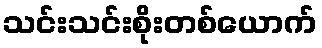
သင်းသင်းစိုးတစ်ယောက်